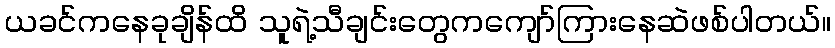
ယခင်ကနေခုချိန်ထိ သူရဲ့သီချင်းတွေကကျော်ကြားနေဆဲဖစ်ပါတယ်။